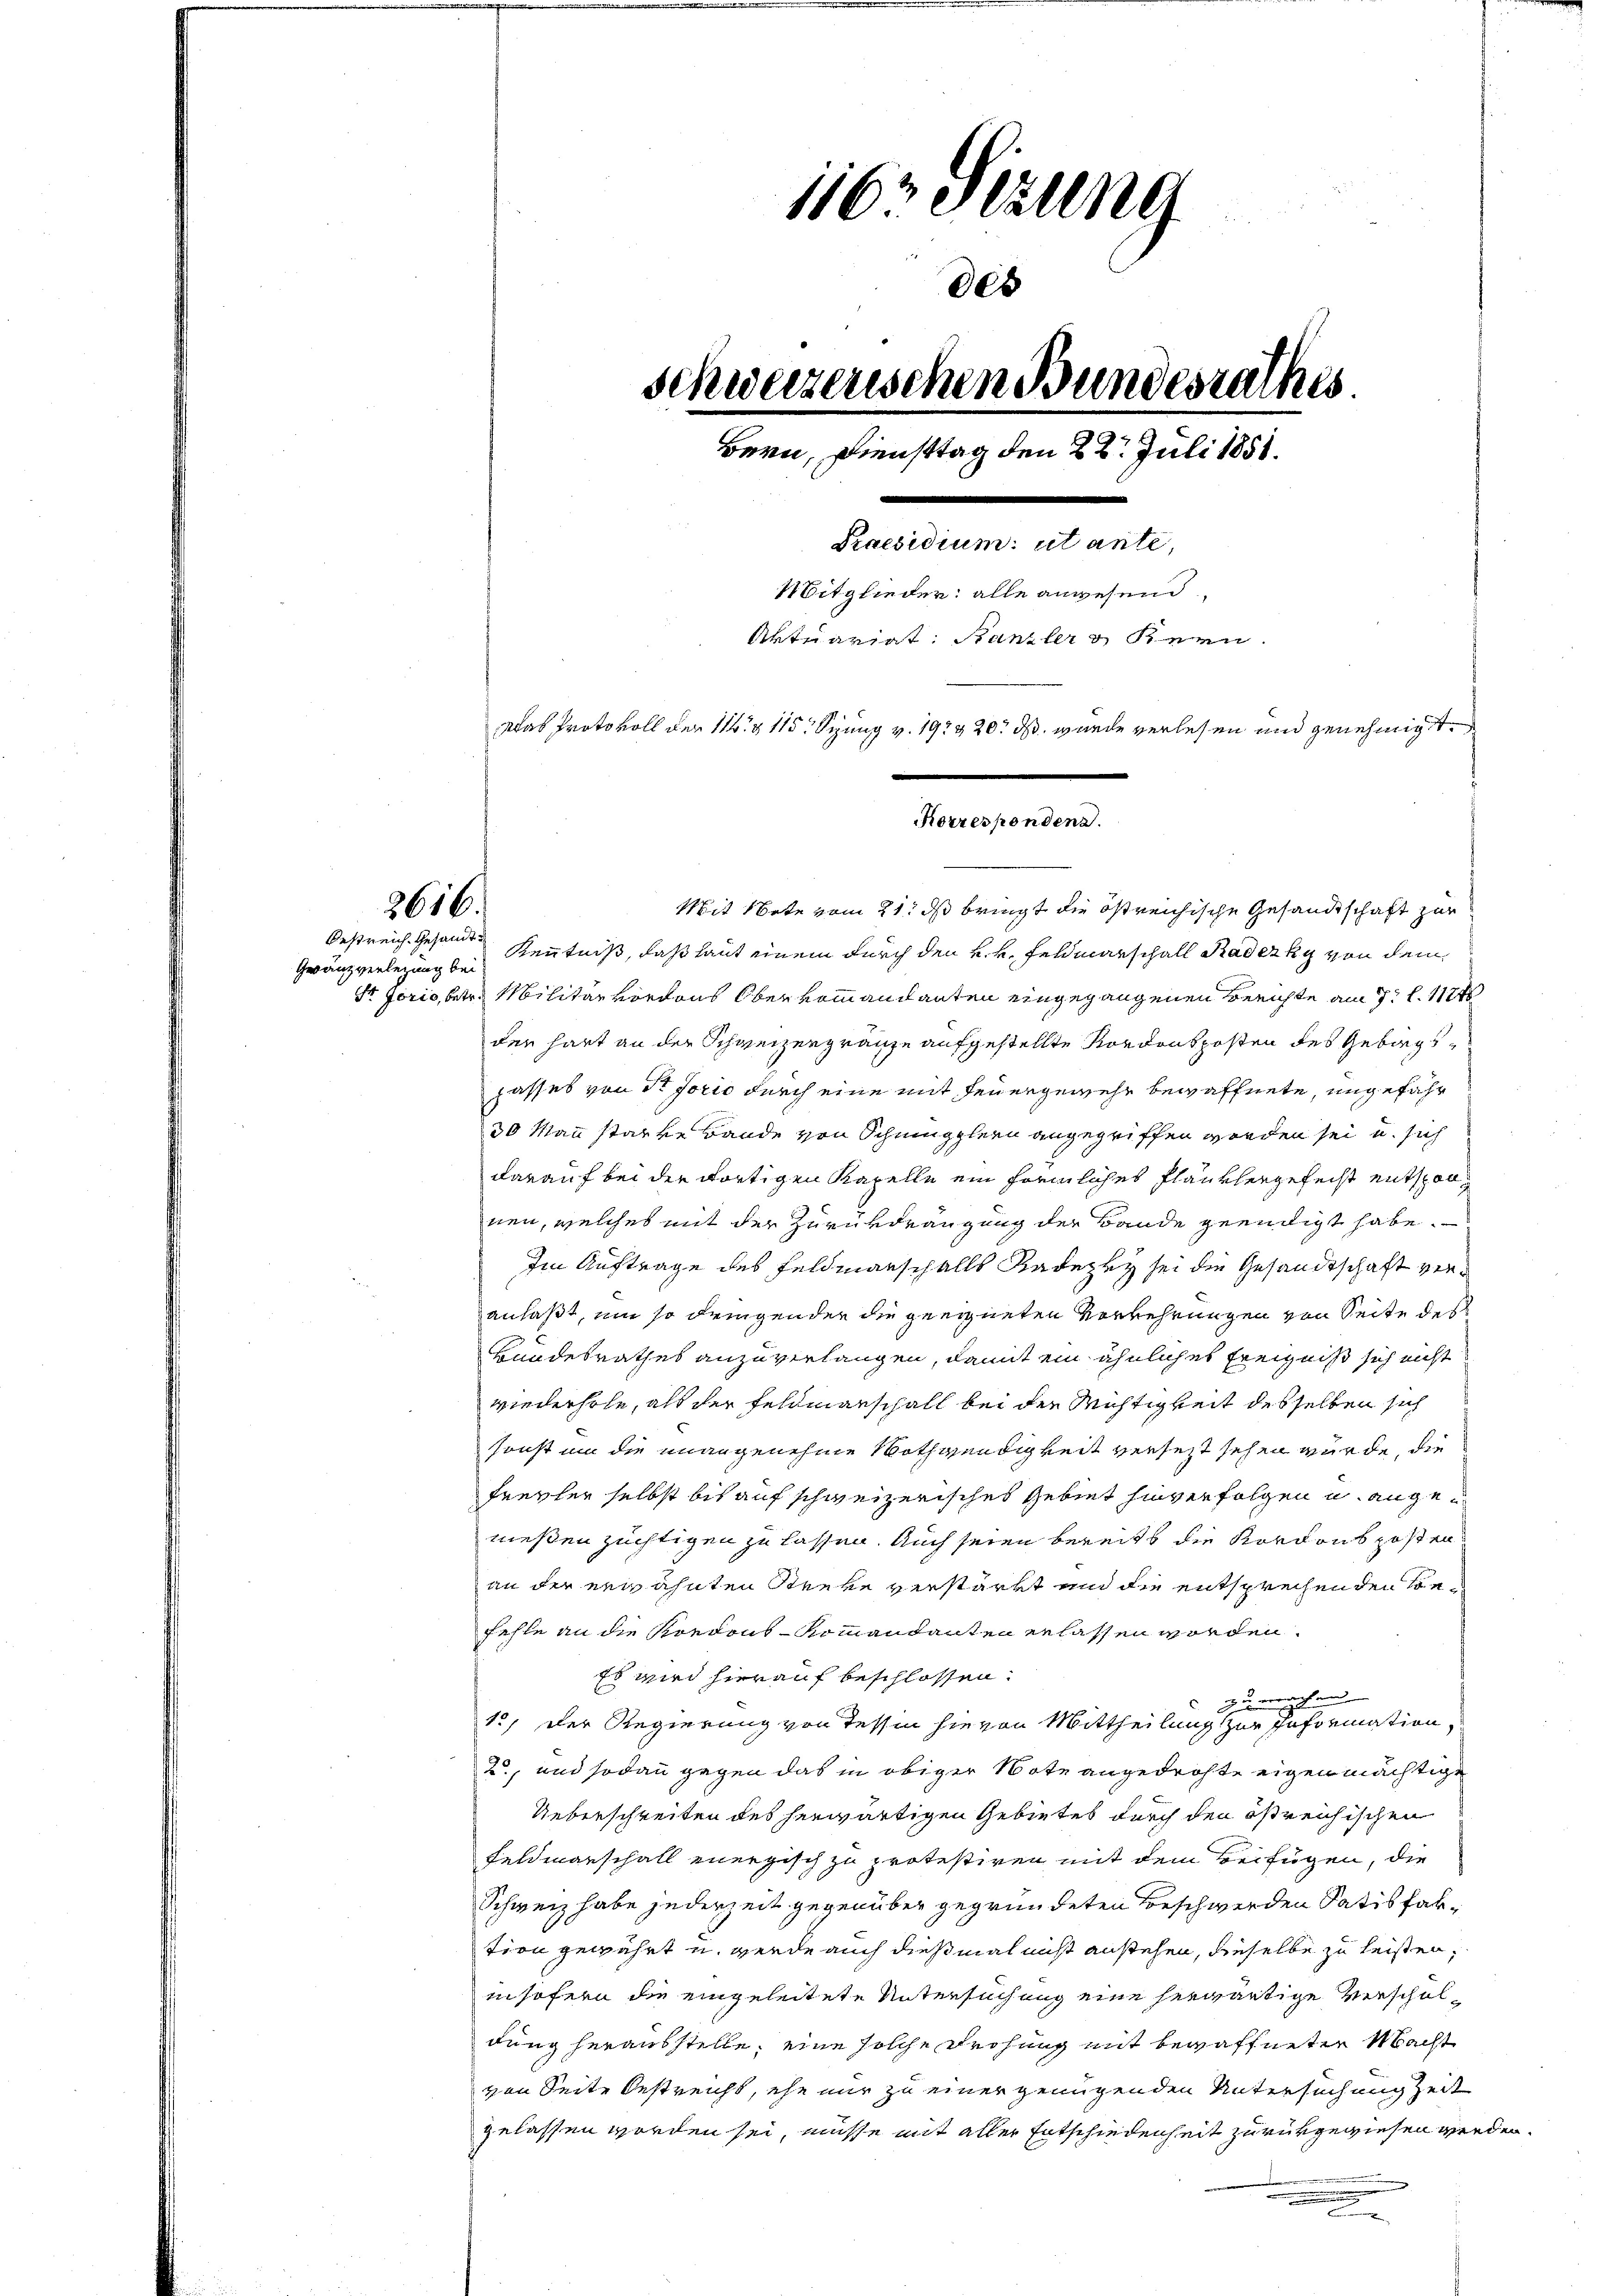
2616.

Geranzverlegung bei

Mit Note vom 21. ds bringt die östreichische Gesandtschaft zur
Oestreich Gesandte Kenntniß, daß laut einem durch den k. k. Feldmarschall Radezky von dem
Sr Jorio, betr. Militär vordons Ober kommandanten eingegangenen Berichte am 7. l. 1124
den hart an der Schweizergränze aufgestellte Nordonkposten des Gebirgspasses von Sr Jorio durch eine mit Feuergewehr bewaffnete, ungefahr
30 Mann starke Bande von Schmingglern angegriffen worden sei u. sich
darauf bei der dortigen Kapelle ein förmliches Planklergefecht entsponnen, welches mit der Zurükdrängung der Bande geendigt habe.
Im Auftrage des Feldmanschalls Radepry sei die Gesandtschaft veranlaßt, um so dringender die geeigneten Vorkehrungen von Seite des
Bundesrathes anzuverlangen, damit ein ähnliches Ereigniß sich nicht
wiederhole, als der Feldmanschall bei der Wichtigkeit desselben sich
ssonst um die unangenehme Nothwendigkeit versetzt sehen würde, die
Frevler selbst bis auf schweizerisches Gebiet hinverfolgen u. angemeßen züchtigen zu lassen. Auch seien bereits die Nordons posten
an der erwähnten Streke verstärkt und die entsprechenden Befehle an die Rordons-Kommandanten erlassen worden.
Es wird hierauf beschlossen:
zu erwachen
1., der Regierung von Tessin hievon Mittheilung zur Information
2, und sodann gegen das in obiger Note angedrohte eigenmächtige
Ueberschreiten des herwärtigen Gebietes durch den östreichischen
Feldmarschall energisch zu protestiren mit dem Beifügen, die
Schweiz habe jederzeit gegenüber gegründeten Beschwerden Satis faktion gewährt u. werde auch dießmal nicht anstehen, dieselbe zu leisten,
insofern die eingeleitete Untersuchung eine herwärtige Verscholdung herausstelle; eine solche Drohung mit bewaffneten Macht
von Seite Oestreichs, ehe nur zu einer genügenden Untersuchung Zeit
gelassen worden sei, müsse mit aller Entschiedenheit zurükgewiesen werden.
n

1162 un
Schweizerischen Bundesrathes
Bern, Diensttag den 22. Juli 1851.
Praesidium ut ante,
Mitglieder: alle angesend,
Aktuariat. Kanzler Bern.
Aas Protokoll der M. § 115: Spung v. 19. 420. ds. wurde verlesen und genehmigt.
Korresponden.

des